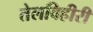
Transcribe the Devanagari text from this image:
तेलविहीरी